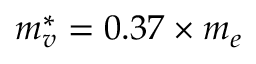
m _ { v } ^ { * } = 0 . 3 7 \times m _ { e }